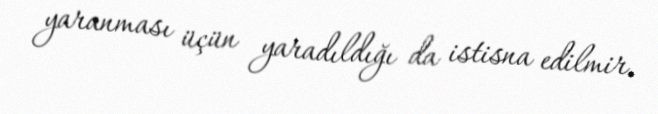
yaranması üçün yaradıldığı da istisna edilmir.